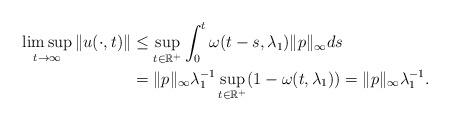
LaTeX: \begin{align*}\limsup_{t\to \infty}\|u(\cdot,t)\| & \le \sup_{t\in\mathbb R^+}\int_0^t\omega(t-s,\lambda_1)\|p\|_\infty ds\\& = \|p\|_\infty\lambda_1^{-1} \sup_{t\in\mathbb R^+}(1-\omega(t,\lambda_1))=\|p\|_\infty\lambda_1^{-1}.\end{align*}